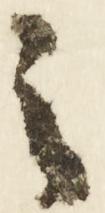
之